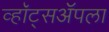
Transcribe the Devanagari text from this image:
व्हॉट्सॲपला